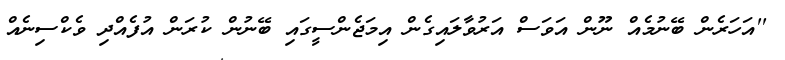
''އަހަރެން ބޭނުމެއް ނޫން އަވަސް އަރުވާލައިގެން އިމަޖެންސީގައި ބޭނުން ކުރަން އުފެއްދި ވެކްސިނެއް